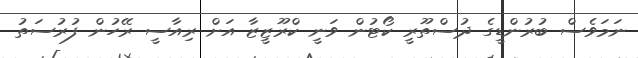
ނަމަވެސް ބުރުންޑީގެ ދުސްތޫރީ ކޯޓުން ވަނީ ކްރޫޒީޒާ އަށް ރިއާސީ ރޭހުން ފުރުސަތު